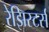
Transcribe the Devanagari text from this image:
रेझिस्टर्स